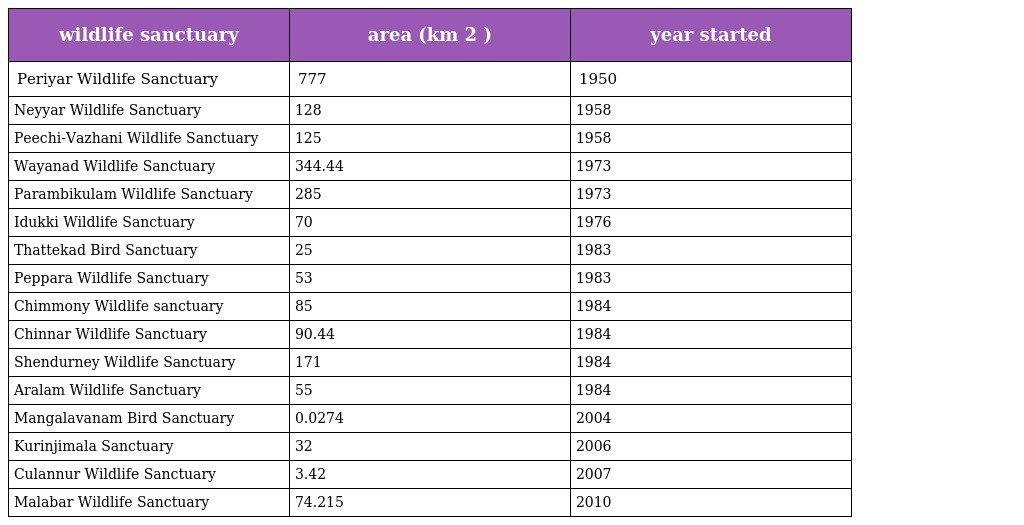
| wildlife sanctuary | area (km 2 ) | year started |
 | --- | --- | --- |
 | Periyar Wildlife Sanctuary | 777 | 1950 |
 | Neyyar Wildlife Sanctuary | 128 | 1958 |
 | Peechi-Vazhani Wildlife Sanctuary | 125 | 1958 |
 | Wayanad Wildlife Sanctuary | 344.44 | 1973 |
 | Parambikulam Wildlife Sanctuary | 285 | 1973 |
 | Idukki Wildlife Sanctuary | 70 | 1976 |
 | Thattekad Bird Sanctuary | 25 | 1983 |
 | Peppara Wildlife Sanctuary | 53 | 1983 |
 | Chimmony Wildlife sanctuary | 85 | 1984 |
 | Chinnar Wildlife Sanctuary | 90.44 | 1984 |
 | Shendurney Wildlife Sanctuary | 171 | 1984 |
 | Aralam Wildlife Sanctuary | 55 | 1984 |
 | Mangalavanam Bird Sanctuary | 0.0274 | 2004 |
 | Kurinjimala Sanctuary | 32 | 2006 |
 | Culannur Wildlife Sanctuary | 3.42 | 2007 |
 | Malabar Wildlife Sanctuary | 74.215 | 2010 |